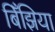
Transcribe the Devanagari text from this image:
बिँझिया